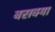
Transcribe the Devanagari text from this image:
बसक्या